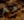
مع